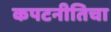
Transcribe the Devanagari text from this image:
कपटनीतिचा